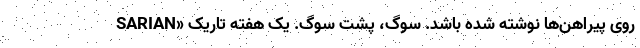
SARIAN» روی پیراهن‌ها نوشته شده باشد. سوگ، پشت سوگ. یک هفته تاریک